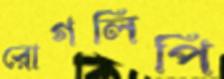
রোগলিপি